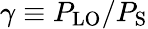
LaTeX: \gamma\equiv P_{\mathrm{LO}}/P_{\mathrm{S}}